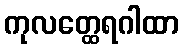
ကုလတ္ထေရဂါထာ